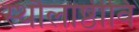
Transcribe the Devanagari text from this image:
स्थौलाष्ठीवि